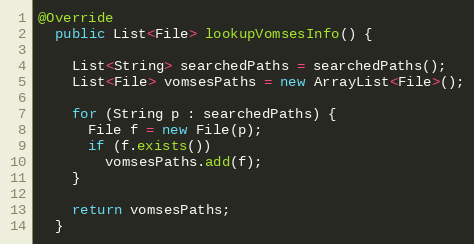
Language: Java
@Override
  public List<File> lookupVomsesInfo() {

    List<String> searchedPaths = searchedPaths();
    List<File> vomsesPaths = new ArrayList<File>();

    for (String p : searchedPaths) {
      File f = new File(p);
      if (f.exists())
        vomsesPaths.add(f);
    }

    return vomsesPaths;
  }